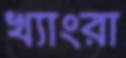
খ্যাংরা